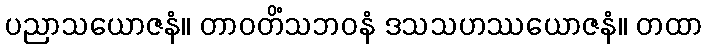
ပညာသယောဇနံ။ တာဝတိံသဘဝနံ ဒသသဟဿယောဇနံ။ တထာ